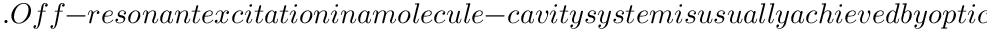
. O f f - r e s o n a n t e x c i t a t i o n i n a m o l e c u l e - c a v i t y s y s t e m i s u s u a l l y a c h i e v e d b y o p t i c a l l y p u m p i n g a h i g h e r - e n e r g y e l e c t r o n i c s t a t e o f t h e m o l e c u l e s ~ , w h i c h t h e n r a p i d l y r e l a x e s i n t o t h e l o w e s t e n e r g y e x c i t e d s t a t e ( S